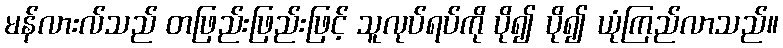
မန်လားလ်သည် တဖြည်းဖြည်းဖြင့် သူလုပ်ရပ်ကို ပို၍ ပို၍ ယုံကြည်လာသည်။